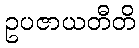
ဥပဇာယတီတိ